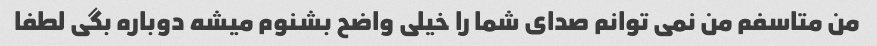
من متاسفم من نمی توانم صدای شما را خیلی واضح بشنوم میشه دوباره بگی لطفا